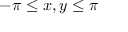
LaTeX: - \pi \leq x , y \leq \pi